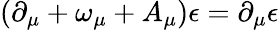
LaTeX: (\partial_{\mu}+\omega_{\mu}+A_{\mu})\epsilon=\partial_{\mu}\epsilon